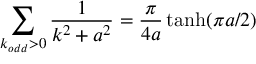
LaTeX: \sum _ { k _ { o d d } > 0 } \frac { 1 } { k ^ { 2 } + a ^ { 2 } } = \frac { \pi } { 4 a } \operatorname { t a n h } ( \pi a / 2 )